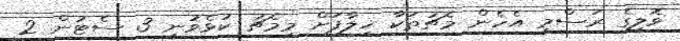
ވޮލީގެ ރަސްމީ އެހެން މެޗުތަކާ ޚިލާފަށް މިމެޗު ކުޅެވުނީ 3 ސެޓުން 2